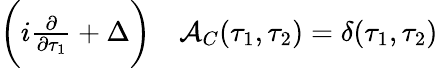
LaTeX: \begin{array}{rl}{\bigg(i\frac{\partial}{\partial\tau_{1}}+\Delta\bigg)}&{{}\mathcal{A}_{C}(\tau_{1},\tau_{2})=\delta(\tau_{1},\tau_{2})}\end{array}